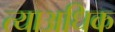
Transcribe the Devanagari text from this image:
त्याअधिक